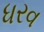
ધરવ